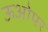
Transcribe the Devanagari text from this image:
ऊओपर